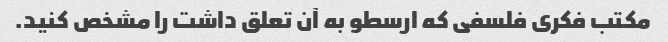
مکتب فکری فلسفی که ارسطو به آن تعلق داشت را مشخص کنید.